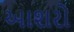
આશરો